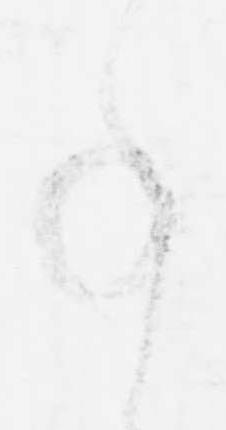
事